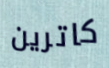
كاترين